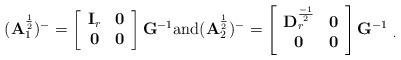
LaTeX: \begin{align*}({\bf A}_1^\frac{1}{2})^{-} = \left[\begin{array}{cc}{\bf I}_r& {\bf 0}\\{\bf 0}& {\bf 0}\end{array}\right]{\bf G}^{-1} \mbox{and} ({\bf A}_2^\frac{1}{2})^{-} = \left[\begin{array}{cc}{\bf D}_r^\frac{-1}{2}& {\bf 0}\\{\bf 0}& {\bf 0}\end{array}\right]{\bf G}^{-1}~_.\end{align*}